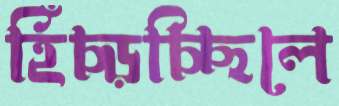
হিঁচ্‌ড়চ্ছিলে